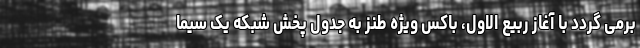
برمی گردد با آغاز ربیع الاول، باکس ویژه طنز به جدول پخش شبکه یک سیما